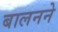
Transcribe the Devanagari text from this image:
बालनने